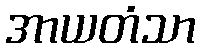
အာယတံသာ